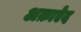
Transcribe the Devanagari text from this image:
अक़ाऐद